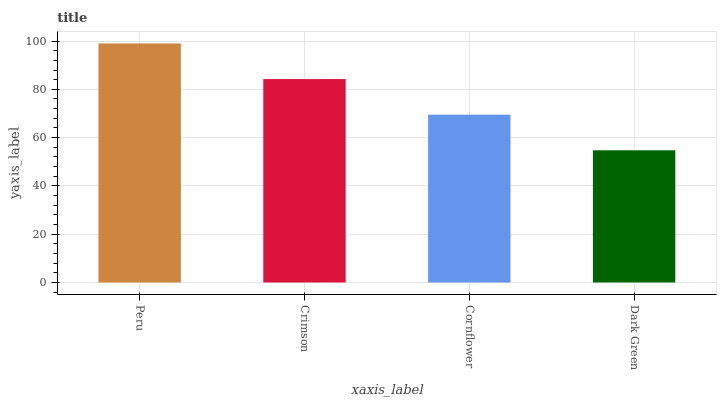
| xaxis_label | bars |
 | --- | --- |
 | Peru | 99 |
 | Crimson | 84.3 |
 | Cornflower | 69.5 |
 | Dark Green | 54.8 |